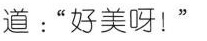
道：“好美呀！”